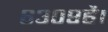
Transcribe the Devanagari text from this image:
६३०९है।